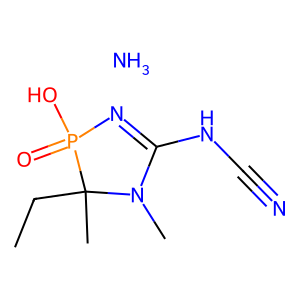
SMILES: CCC1(C)N(C)C(NC#N)=NP1(=O)O.N
Inhibits HIV replication: No